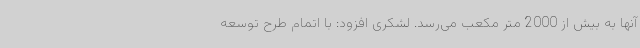
آنها به بیش از 2000 متر مکعب می‌رسد. لشکری افزود: با اتمام طرح توسعه